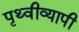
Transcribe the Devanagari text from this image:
पृथ्वीव्यापी